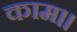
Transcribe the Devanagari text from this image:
काम।।